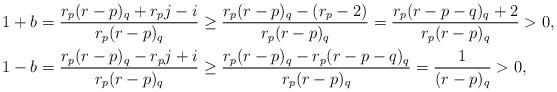
LaTeX: \begin{align*}1+b &= \dfrac{r_p(r-p)_q + r_p j-i}{r_p(r-p)_q} \ge \dfrac{r_p(r-p)_q -(r_p -2)}{r_p(r-p)_q} = \dfrac{r_p(r-p-q)_q + 2}{r_p(r-p)_q} > 0, \\ 1-b &= \dfrac{r_p(r-p)_q - r_p j+i}{r_p(r-p)_q} \ge \dfrac{r_p(r-p)_q -r_p (r-p-q)_q}{r_p(r-p)_q} = \dfrac{1}{(r-p)_q} > 0, \end{align*}